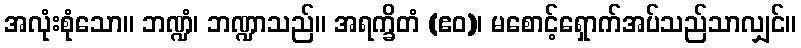
အလုံးစုံသော။ ဘဏ္ဍံ၊ ဘဏ္ဍာသည်။ အရက္ခိတံ (ဧဝ)၊ မစောင့်ရှောက်အပ်သည်သာလျှင်။